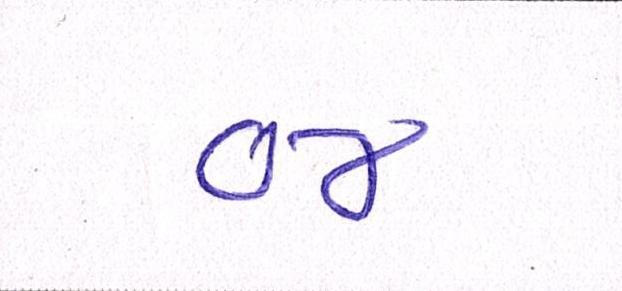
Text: ૦૪